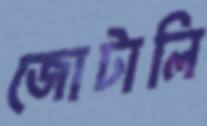
জোটালি